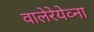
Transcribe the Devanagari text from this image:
वालेरेयेव्ना